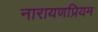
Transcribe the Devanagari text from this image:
नारायणप्रियम